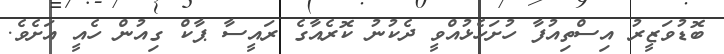
ބޮޑުވަޒީރު އިސްތިއުފާ ހުށަހެޅުއްވީ ދެކުނު ކޮރެއާގެ ރައީސާ ޕާކް ގިއުން ހެއީ އަށެވެ.